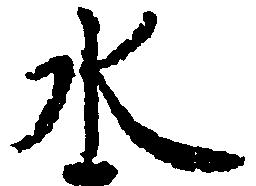
水